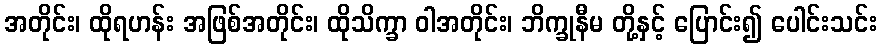
အတိုင်း၊ ထိုရဟန်း အဖြစ်အတိုင်း၊ ထိုသိက္ခာ ဝါအတိုင်း၊ ဘိက္ခုနီမ တို့နှင့် ပြောင်း၍ ပေါင်းသင်း